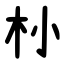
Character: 㭂